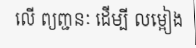
លើ ព្យញ្ជនៈ ដើម្បី លម្អៀង